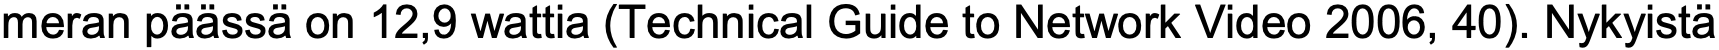
meran päässä on 12,9 wattia (Technical Guide to Network Video 2006, 40). Nykyistä